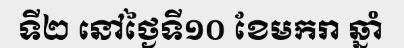
ទី២ នៅថ្ងៃទី១០ ខែមករា ឆ្នាំ